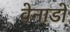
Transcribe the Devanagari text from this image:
वेनाडो